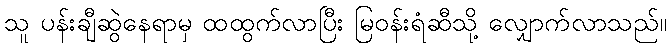
သူ ပန်းချီဆွဲနေရာမှ ထထွက်လာပြီး မြဝန်းရံဆီသို့ လျှောက်လာသည်။